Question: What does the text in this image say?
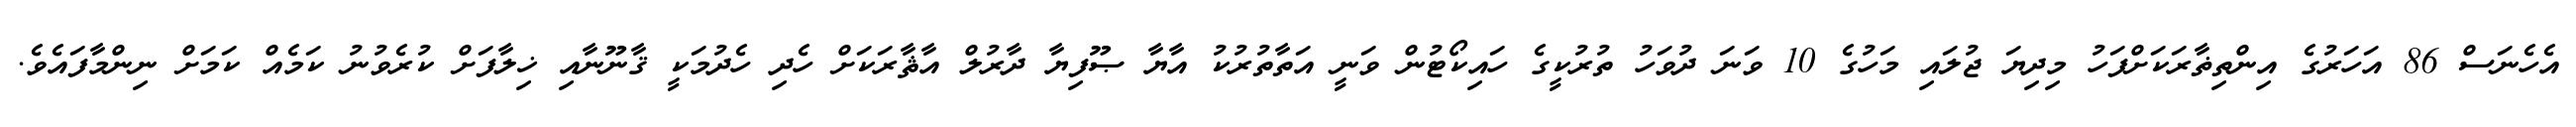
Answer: އެހެނަސް 86 އަހަރުގެ އިންތިޡާރަކަށްފަހު މިދިޔަ ޖުލައި މަހުގެ 10 ވަނަ ދުވަހު ތުރުކީގެ ހައިކޯޓުން ވަނީ އަތާތުރުކު އާޔާ ޞޫފިޔާ ދާރުލް އާޘާރަކަށް ހެދި ހެދުމަކީ ޤާނޫނާއި ޚިލާފަށް ކުރެވުނު ކަމެއް ކަމަށް ނިންމާފައެވެ.